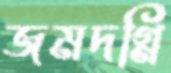
জমদগ্নি